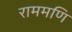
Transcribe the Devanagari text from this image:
राममणि